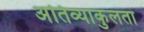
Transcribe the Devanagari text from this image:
अतिव्याकुलता